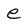
Character: e